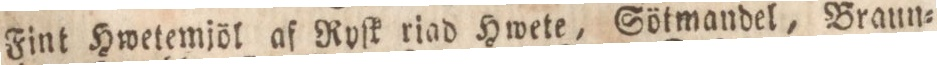
Fint Hwetemjöl af Roſk riad Hwete, Sötmander, Braun=